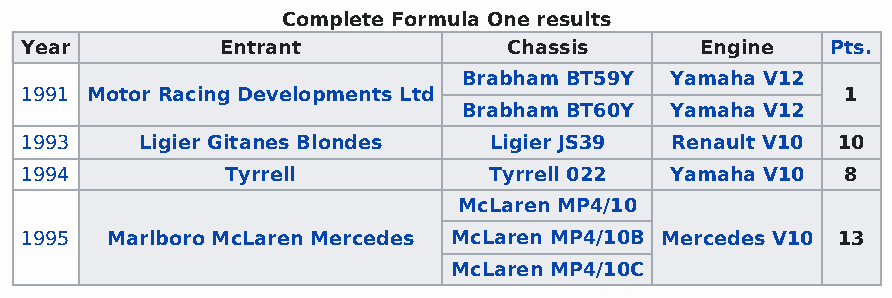
Complete Formula One results
 Year          Entrant            Chassis     Engine   Pts.
 Brabham BT59Y Yamaha V12
 1991 Motor Racing Developments Ltd                     1
 Brabham BT60Y Yamaha V12
 1993    Ligier Gitanes Blondes Ligier JS39 Renault V10 10
 1994          Tyrrell          Tyrrell 022 Yamaha V10  8
 McLaren MP4/10
 1995  Marlboro McLaren Mercedes McLaren MP4/10B Mercedes V10 13
 McLaren MP4/10C